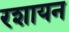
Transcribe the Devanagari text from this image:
रशायन